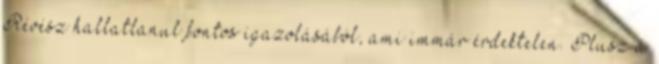
Révész hallatlanul fontos igazolásából, ami immár érdektelen. Plusz a